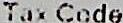
TAX CODE